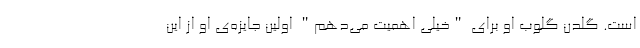
است. گلدن گلوب او برای "خیلی اهمیت می‌دهم" اولین جایزه‌ی او از این